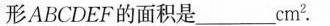
形ABCDEF的面积是___\frac{cm^{2}}{B}cm_{2}.